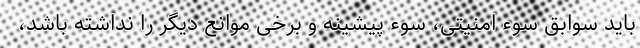
باید سوابق سوء امنیتی، سوء پیشینه و برخی موانع دیگر را نداشته باشد،